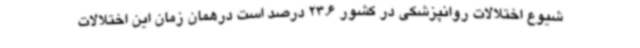
شیوع اختلالات روانپزشکی در کشور 23.6 درصد است درهمان زمان این اختلالات